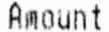
AMOUNT